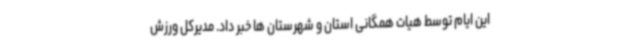
این ایام توسط هیات همگانی استان و شهرستان ها خبر داد. مدیرکل ورزش